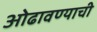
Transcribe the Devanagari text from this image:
ओढावण्याची